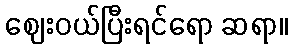
ဈေးဝယ်ပြီးရင်ရော ဆရာ။